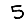
Digit: 5